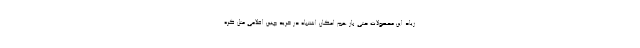
زیاد این محصولات حتی باز هم امکان اشتباه در خرید چنین اقلامی مثل کره